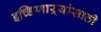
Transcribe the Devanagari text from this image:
इच्छिणाऱ्यांसाठी